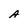
Character: A